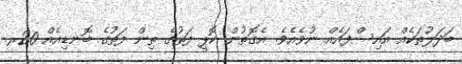
ބަދަލުތަކެއް އައިސްފައެއް ނުވެއެވެ. އެގޮތުން ކޮޕީ ފަތުގެ ތިން ފަތުގެ ބޮނޑިއެއް 20ރ.